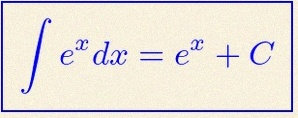
\int e^x dx=e^x+C